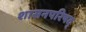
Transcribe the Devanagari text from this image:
शासनपरिषद्